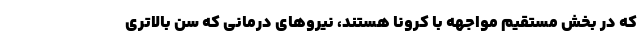
که در بخش مستقیم مواجهه با کرونا هستند، نیروهای درمانی که سن بالاتری